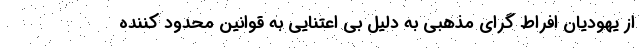
از یهودیان افراط گرای مذهبی به دلیل بی اعتنایی به قوانین محدود کننده